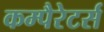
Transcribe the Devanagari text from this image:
कम्पैरेटर्स